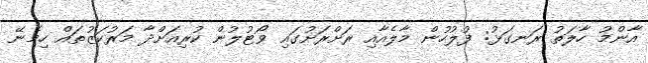
އާންމު ހާލަތު ރަނގަޅު: ފުލުހުން މާލެއާއި ރަށްރަށުގައި ވޯޓުލުން ކުރިއަށްދާ މަރުކަޒުތައް ހިމެނޭ